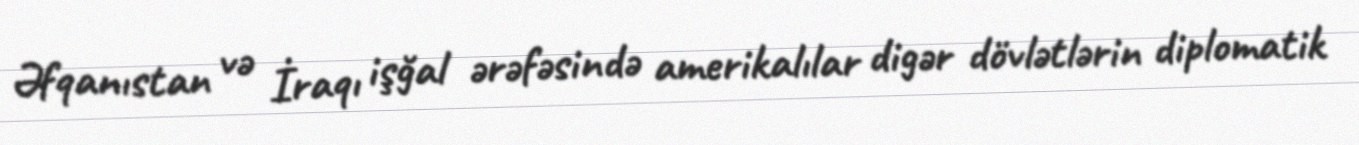
Əfqanıstan və İraqı işğal ərəfəsində amerikalılar digər dövlətlərin diplomatik